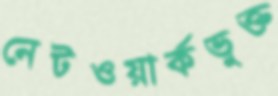
নেটওয়ার্কভুক্ত